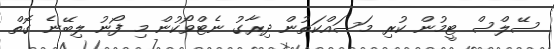
ސޭލްސް ޓީމުން ކުރި މަސައްކަތުން ދިރާގު ނެޓްވޯކުން މި ފޯނު ލިބޭނެ ގޮތް